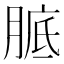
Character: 𦝉